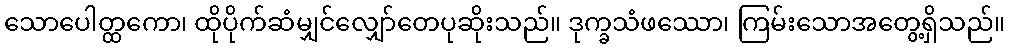
သောပေါတ္ထကော၊ ထိုပိုက်ဆံမျှင်လျှော်တေပုဆိုးသည်။ ဒုက္ခသံဖဿော၊ ကြမ်းသောအတွေ့ရှိသည်။